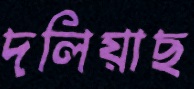
দলিয়াছ